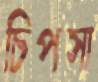
চিপসা